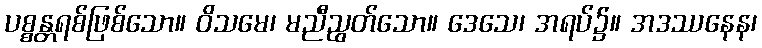
ပစ္စန္တရစ်ဖြစ်သော။ ဝိသမေ၊ မညီညွတ်သော။ ဒေသေ၊ အရပ်၌။ အဒဿနေန၊